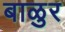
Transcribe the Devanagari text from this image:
बाळुर